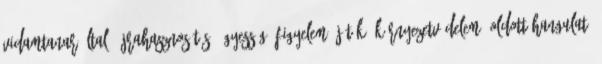
vidamtanar által, újrahasznosítás, ügyesség, figyelem, játék, környezetvédelem, oldott hangulat,